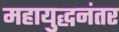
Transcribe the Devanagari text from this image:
महायुद्धनंतर